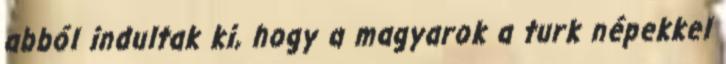
abból indultak ki, hogy a magyarok a turk népekkel